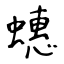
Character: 蟪